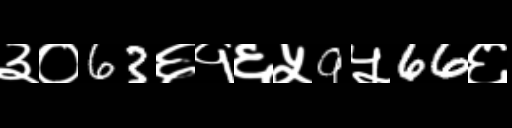
Text: ३०63६१६५9५66६